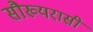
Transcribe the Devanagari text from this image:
सौख्यरासी